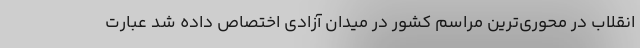
انقلاب در محوری‌ترین مراسم کشور در میدان آزادی اختصاص داده شد عبارت